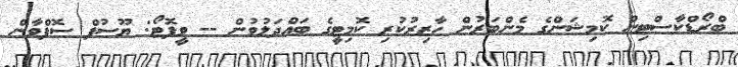
ބްރޯޑްކާސްޓިން ކޮމިޝަންގެ މެންބަރުން ހާޒިރުކުރި ކޮމިޓީގެ ބައްދަލުވުން -- ވީފޮޓޯ: ޔޫސުފް ސޮފްވާން